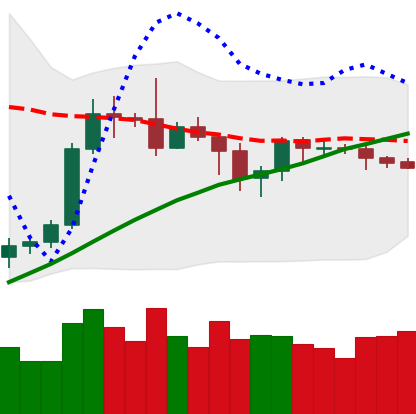
Ticker: BTC-USD
Chart end date: 2019-09-18
Forward return: -4.598%
Label: down_3_5